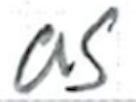
Text: as
Cross-out: clean
Writing tool: ballpoint